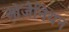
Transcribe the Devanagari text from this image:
ओज़ैनियन